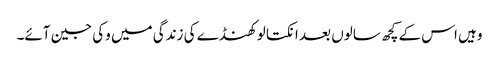
وہیں اس کے کچھ سالوں بعد انکتا لوکھنڈے کی زندگی میں وکی جین آئے۔